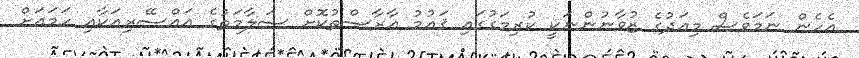
އެހެން ނަމަވެސް މިއަދުގެ ޒުވާނުންނަކީ ކުރިމަގުގައި ޤައުމު އާރާސްތުކޮށް ސަލާމަތުގެ އައްސޭރިއަކާއި ހަމައަށް